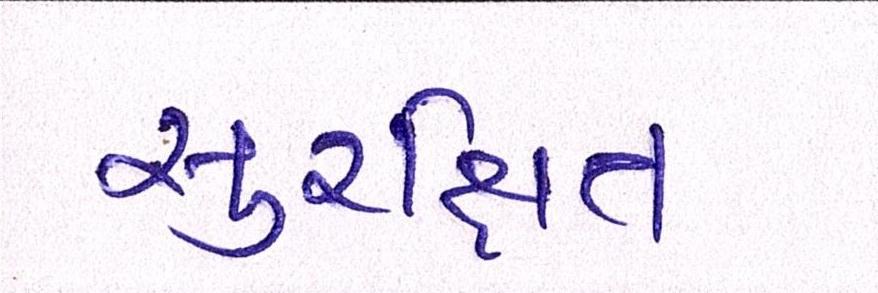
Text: સુરક્ષિત